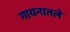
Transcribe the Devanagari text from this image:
गायनातले